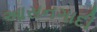
આસનગાદી